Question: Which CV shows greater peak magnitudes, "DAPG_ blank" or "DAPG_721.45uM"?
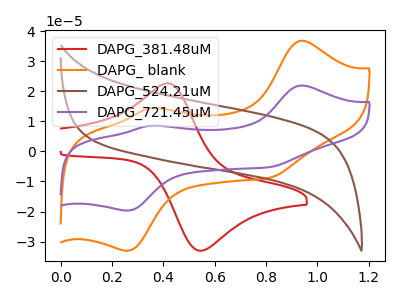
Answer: <think>The red curve "DAPG_381.48uM" has an anodic peak at (0.40V, 22.65uA) and a cathodic peak at (0.55V, -33.00uA). The orange curve "DAPG_ blank" has anodic peaks at (0.95V, 36.80uA) (0.35V, 14.30uA) and cathodic peaks at (0.25V, -33.00uA) (0.80V, -8.75uA). The brown curve "DAPG_524.21uM" has no peaks. The purple curve "DAPG_721.45uM" has anodic peaks at (0.95V, 21.90uA) (0.35V, 8.50uA) and cathodic peaks at (0.25V, -19.65uA) (0.80V, -5.20uA).</think>
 <answer>Every peak in "DAPG_ blank" is higher than every peak in "DAPG_721.45uM".</answer>
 <eval>higher</eval>